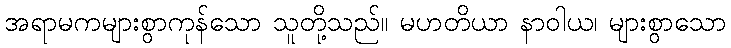
အရာမကများစွာကုန်သော သူတို့သည်။ မဟတိယာ နာဝါယ၊ များစွာသော